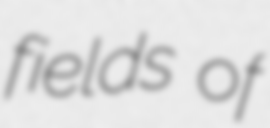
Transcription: fields of